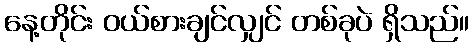
နေ့တိုင်း ဝယ်စားချင်လျှင် တစ်ခုပဲ ရှိသည်။